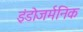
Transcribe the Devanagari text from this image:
इंडोजर्मनिक